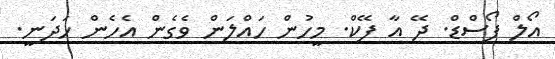
އޯލް ފޯސްޑް. ދޭ އާ ފޭކް. މީހުން ހައްލަން ވެގެން އެހެން ހަދަނީ.